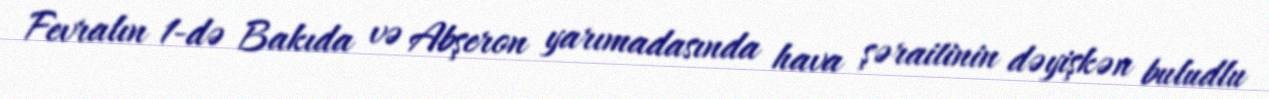
Fevralın 1-də Bakıda və Abşeron yarımadasında hava şəraitinin dəyişkən buludlu